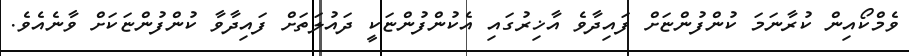
ވެމްކޯއިން ކުރާނަމަ ކުންފުންޏަށް ފައިދާވެ އާޚިރުގައި އެކުންފުންޏަކީ ދައުލަތަށް ފައިދާވާ ކުންފުންޏަކަށް ވާނެއެވެ.